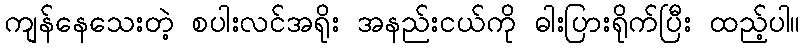
ကျန်နေသေးတဲ့ စပါးလင်အရိုး အနည်းငယ်ကို ဓါးပြားရိုက်ပြီး ထည့်ပါ။